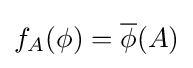
f_{A}(\phi )={\overline {\phi }}(A)